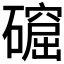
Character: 𥖚